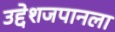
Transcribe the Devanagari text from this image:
उद्देशजपानला